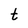
Character: t